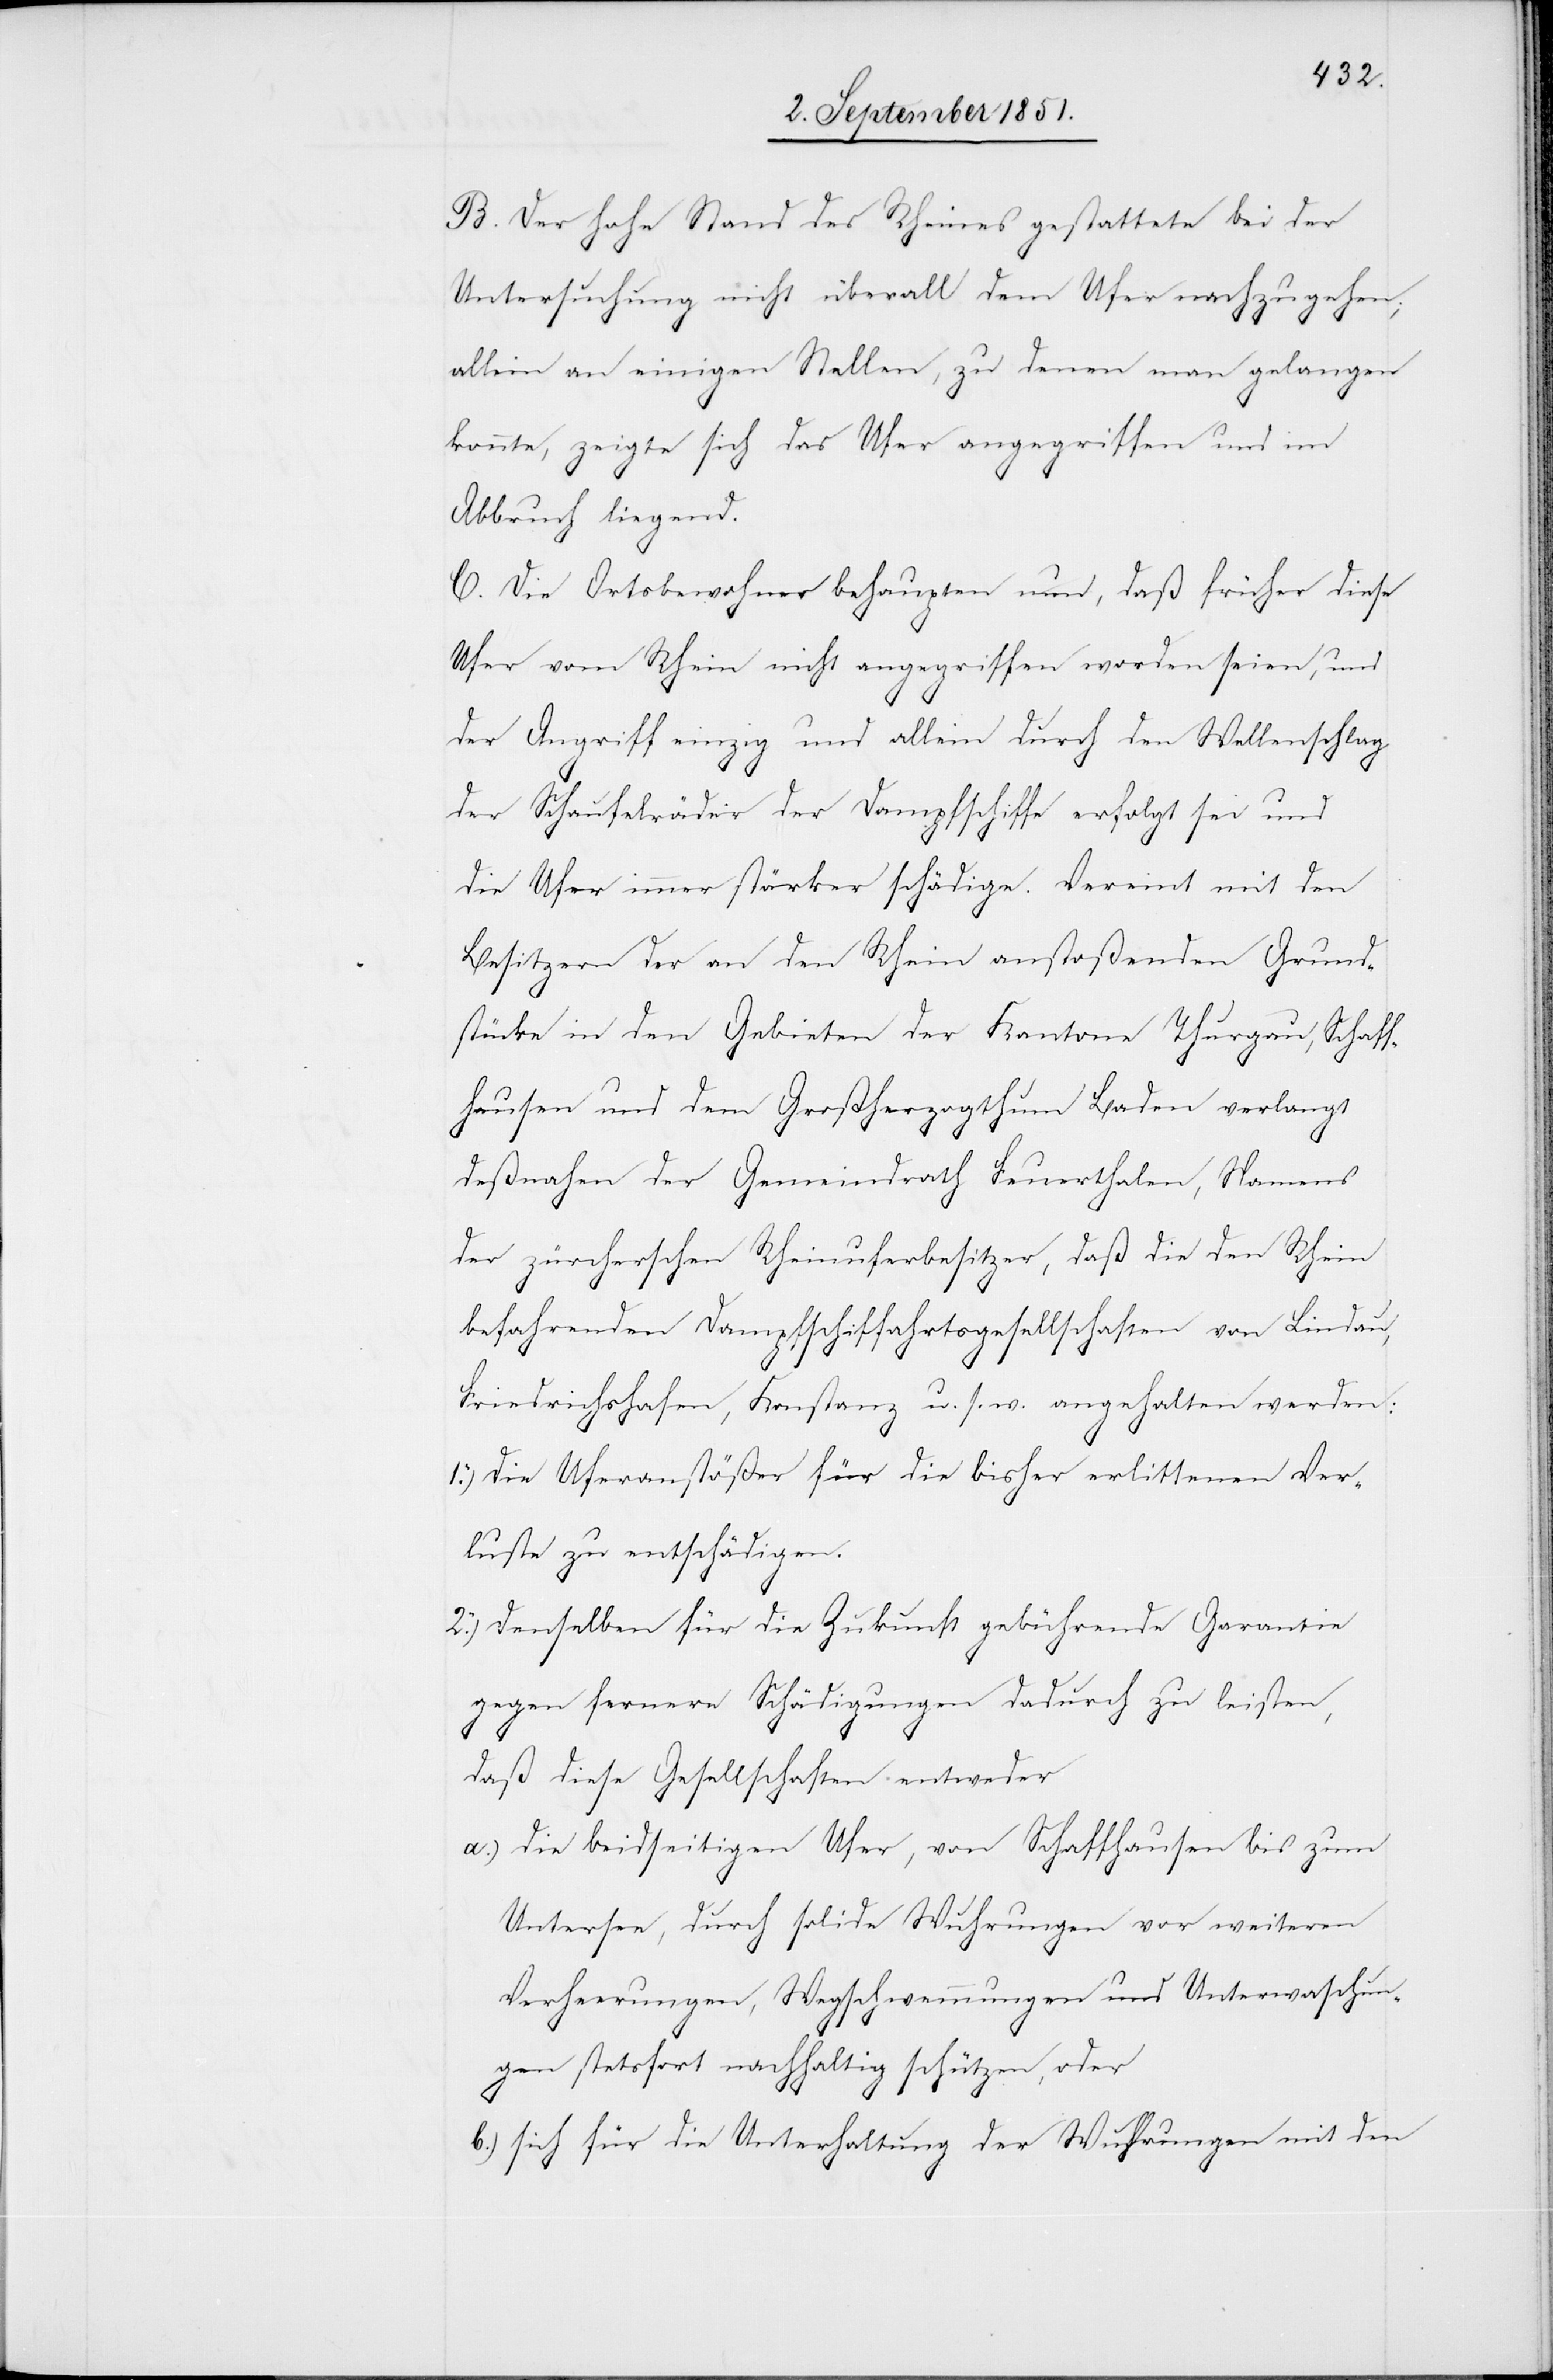
B. Der hohe Stand des Rheines gestattete bei der
Untersuchung nicht überall dem Ufer nachzugehen;
allein an einigen Stellen, zu denen man gelangen
konnte, zeigte sich das Ufer angegriffen und im
Abbruch liegend.
C. Die Ortsbewohner behaupten nun, daß früher diese
Ufer vom Rhein nicht angegriffen worden seien, und
der Angriff einzig und allein durch den Wellenschlag
der Schaufelräder der Dampfschiffe erfolgt sei und
die Ufer immer stärker schädige. Vereint mit den
Besitzern der an den Rhein anstoßenden Grund¬
stücke in den Gebieten der Kantone Thurgau, Schaff¬
hausen und dem Großherzogthum Baden verlangt
deßnahen der Gemeindrath Feuerthalen, Namens
der zürcherschen Rheinuferbesitzer, daß die den Rhein
befahrenden Dampfschiffahrtsgesellschaften von Lindau,
Friedrichshafen, Konstanz u. s. w. angehalten werden:
Die Uferanstößer für die bisher erlittenen Ver¬
luste zu entschädigen.
Denselben für die Zukunft gebührende Garantie
gegen fernere Schädigungen dadurch zu leisten,
daß diese Gesellschaften entweder
die beidseitigen Ufer, von Schaffhausen bis zum
Untersee, durch solide Wuhrungen vor weiteren
Verheerungen, Wegschwemmungen und Unterwaschun¬
gen stetsfort nachhaltig schützen, oder
sich für die Unterhaltung der Wuhrungen mit den